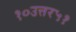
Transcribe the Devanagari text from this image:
१०उत्तर५१